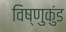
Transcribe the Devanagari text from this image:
विष्णुकुंड